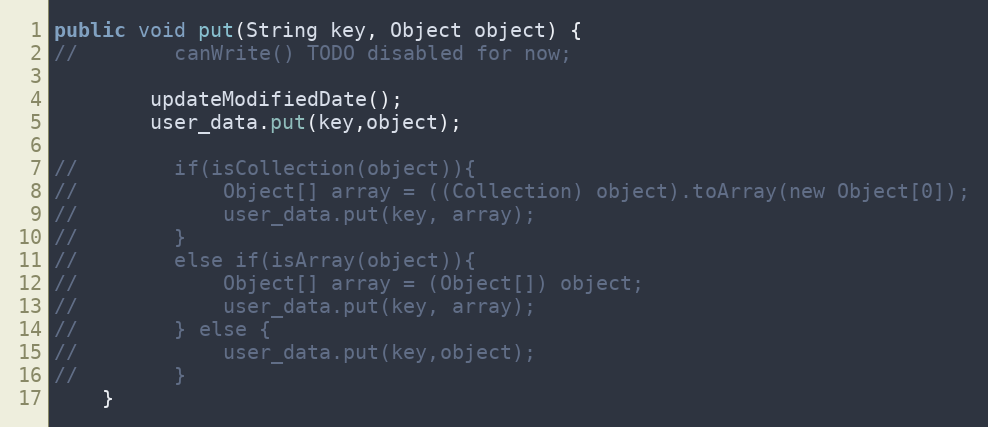
Language: Java
public void put(String key, Object object) {
//        canWrite() TODO disabled for now;

        updateModifiedDate();
        user_data.put(key,object);

//        if(isCollection(object)){
//            Object[] array = ((Collection) object).toArray(new Object[0]);
//            user_data.put(key, array);
//        }
//        else if(isArray(object)){
//            Object[] array = (Object[]) object;
//            user_data.put(key, array);
//        } else {
//            user_data.put(key,object);
//        }
    }